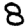
Digit: 8